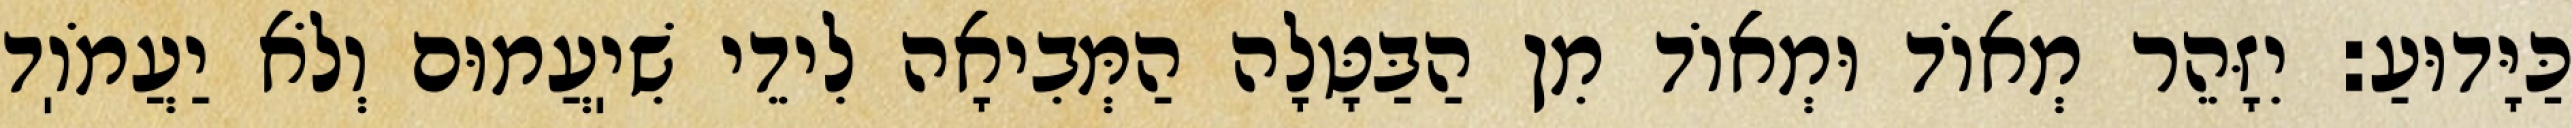
כַּיָּדוּעַ: יִזָּהֵר מְאוֹד וּמְאוֹד מִן הַבַּטָּלָה הַמְּבִיאָה לִידֵי שִׁיֽעֲמוּם וְלֹא יַעֲמֹוֽד